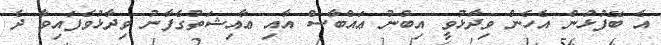
އެ ބޭފުޅުން އެހެން ވިދާޅުވީ އިބްނު ޢައްބާސް އާއި ޢާއިޝަތުގެފާނު ވިދާޅުވެފައިވާ ދެ